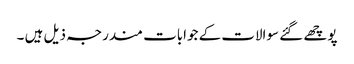
پوچھے گئے سوالات کے جوابات مندرجہ ذیل ہیں ۔